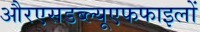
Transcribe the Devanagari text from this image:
औरएसडब्ल्यूएफफाइलों